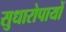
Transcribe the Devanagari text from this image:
सुधारोपायों